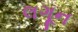
લગૂન